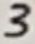
Text: 3